Vaccination in the Punjab 1883-1896 - 1883-1896
Year: 1883
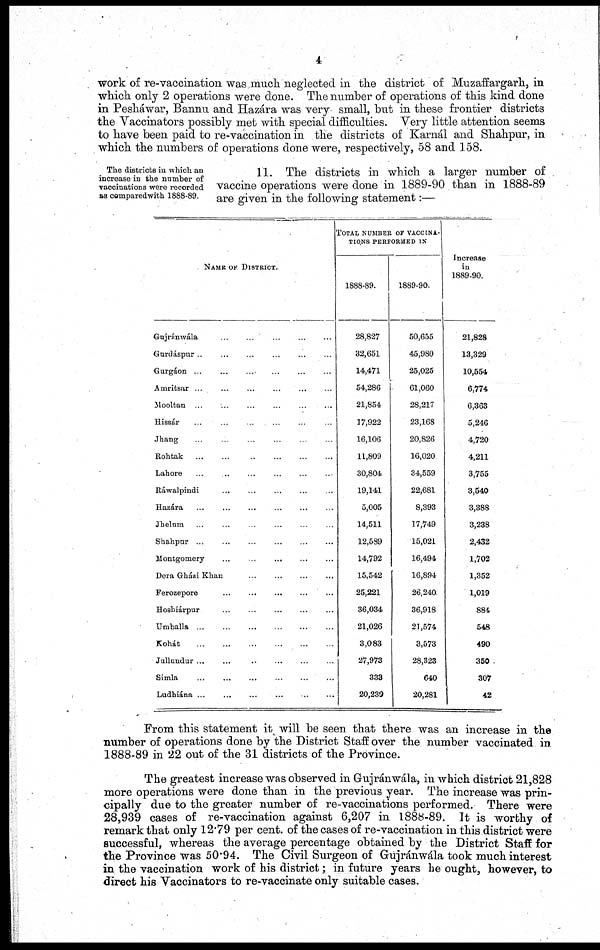
4
work of re-vaccination was much neglected in the district of Muzaffargarh, in
which only 2 operations were done. The number of operations of this kind done
in Pesháwar, Bannu and Hazára was very small, but in these frontier districts
the Vaccinators possibly met with special difficulties. Very little attention seems
to have been paid to re-vaccination in the districts of Karnál and Shahpur, in
which the numbers of operations done were, respectively, 58 and 158.
The districts in which an
increase in the number of
vaccinations were recorded
as comparedwith 1888-89.
11. The districts in which a larger number of
vaccine operations were done in 1889-90 than in 1888-89
are given in the following statement:—
NAME OF DISTRICT.
Gujránwála
...
...
...
...
...
...
Gurdáspur ... ... ... ... ... ...
Gurgáon ... ... ... ... ... ...
Amritsar ... ... ... ... ... ...
Mooltan ... ... ... ... ... ...
Hissár ... ... ... ... ... ...
Jhang ... ... ... ... ... ...
Rohtak ... ... ... ... ... ...
Lahore
...
...
...
...
...
...
Ráwalpindi ... ... ... ... ... ...
Hazára ... ... ... ... ... ...
Jhelum ... ... ... ... ... ...
Shahpur
...
...
...
...
...
...
Montgomery ... ... ... ... ... ...
Dera Gházi Khan ... ... ... ... ... ...
Ferozepore ... ... ... ... ... ...
Hoshiárpur ... ... ... ... ... ...
Umballa
...
...
...
...
...
...
Kohát ... ... ... ... ... ...
Jullundur ... ... ... ... ... ...
Simla
...
...
...
...
...
...
Ludhiána ... ... ... ... ... ...
TOTAL NUMBER OF VACCINA-
----- PERFORMED IN
1888-89.
28,827
32,651
14,471
54,286
21,854
17,922
16,106
11,809
30,804
19,141
5,005
14,511
12,589
14,792
15,542
25,221
36,034
21,026
3,083
27,973
333
20,239
1889-90
50,655
45,980
25,025
61,060
28,217
23,168
20,826
16,020
34,559
22,681
8,393
17,749
15,021
16,494
16,894
26,240
36,918
21,574
3,573
28,323
640
20,281
Increase
in
1889-90.
21,828
13,329
10,554
6,774
6,363
5,246
4,720
4,211
3,755
3,540
3,388
3,238
2,432
1,702
1,352
1,019
884
548
490
350
307
42
From this statement it will be seen that there was an increase in the
number of operations done by the District Staff over the number vaccinated in
1888-89 in 22 out of the 31 districts of the Province.
The greatest increase was observed in Gujránwála, in which district 21,828
more operations were done than in the previous year. The increase was prin-
cipally due to the greater number of re-vaccinations performed. There were
28,939 cases of re-vaccination against 6,207 in 1888-89. It is worthy of
remark that only 12.79 per cent. of the cases of re-vaccination in this district were
successful, whereas the average percentage obtained by the District Staff for
the Province was 50.94. The Civil Surgeon of Gujránwála took much interest
in the vaccination work of his district; in future years he ought, however, to
direct his Vaccinators to re-vaccinate only suitable cases.